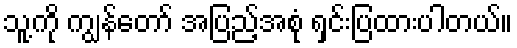
သူ့ကို ကျွန်တော် အပြည့်အစုံ ရှင်းပြထားပါတယ်။